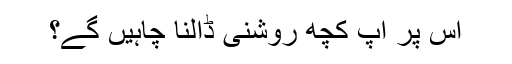
اس پر آپ کچھ روشنی ڈالنا چاہیں گے؟